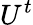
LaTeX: U^{t}